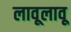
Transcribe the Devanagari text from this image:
लावूलावू